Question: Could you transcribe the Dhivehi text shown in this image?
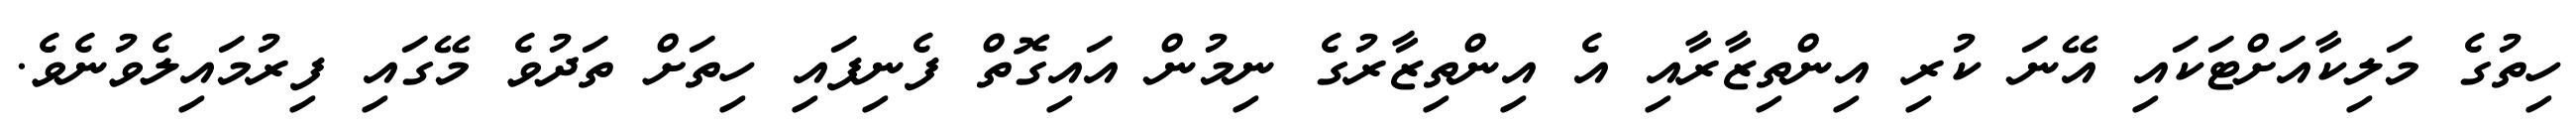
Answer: ހިތުގެ މަލިކާއަށްޓަކައި އޭނަ ކުރި އިންތިޒާރާއި އެ އިންތިޒާރުގެ ނިމުން އައިގޮތް ފެނިފައި ހިތަށް ތަދުވެ މޭގައި ފިރުމައިލެވުނެވެ.